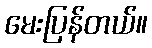
မေးပြန်တယ်။